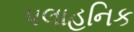
પલાહનિક